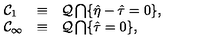
\begin{array} { l c l } { { \cal C } _ { 1 } } & { \equiv } & { { \cal Q } \bigcap \{ \hat { \eta } - \hat { \tau } = 0 \} , } \\ { { \cal C } _ { \infty } } & { \equiv } & { { \cal Q } \bigcap \{ \hat { \tau } = 0 \} , } \\ \end{array}